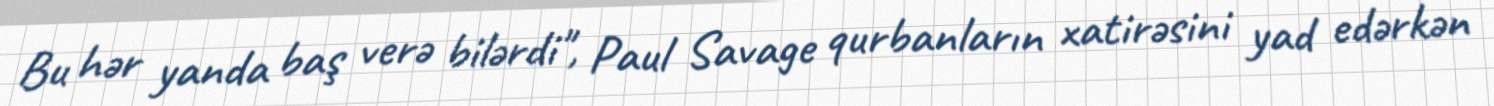
Bu hər yanda baş verə bilərdi", Paul Savage qurbanların xatirəsini yad edərkən